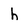
Character: h